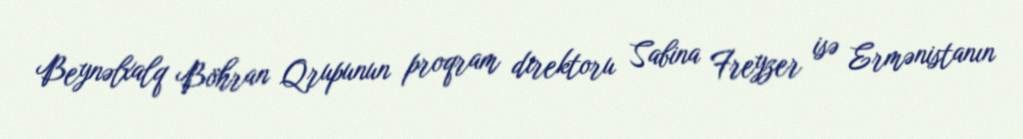
Beynəlxalq Böhran Qrupunun proqram direktoru Sabina Freyzer isə Ermənistanın